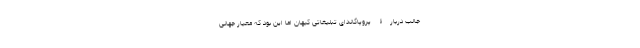
جالب دربارۀ پروپاگاندای تبلیغاتی کیهان اما این بود که معیار جهانی